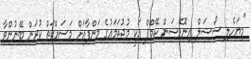
"މިޔަހެލި ސޯޝަލް އިނޮވޭޝަން ކޭމްޕް އަކީ މުޖުތަމައުގެ މަންފާއަށް މަސައްކަތް ކުރަން ބޭނުންވާ